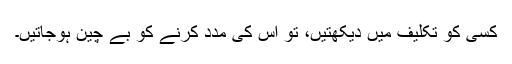
کسی کو تکلیف میں دیکھتیں، تو اس کی مدد کرنے کو بے چین ہوجاتیں۔